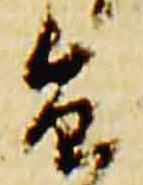
旨